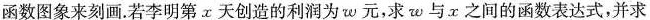
函数图象来刻画。若李明第α天创造的利润为ω元，求w与x之间的函数表达式，并求